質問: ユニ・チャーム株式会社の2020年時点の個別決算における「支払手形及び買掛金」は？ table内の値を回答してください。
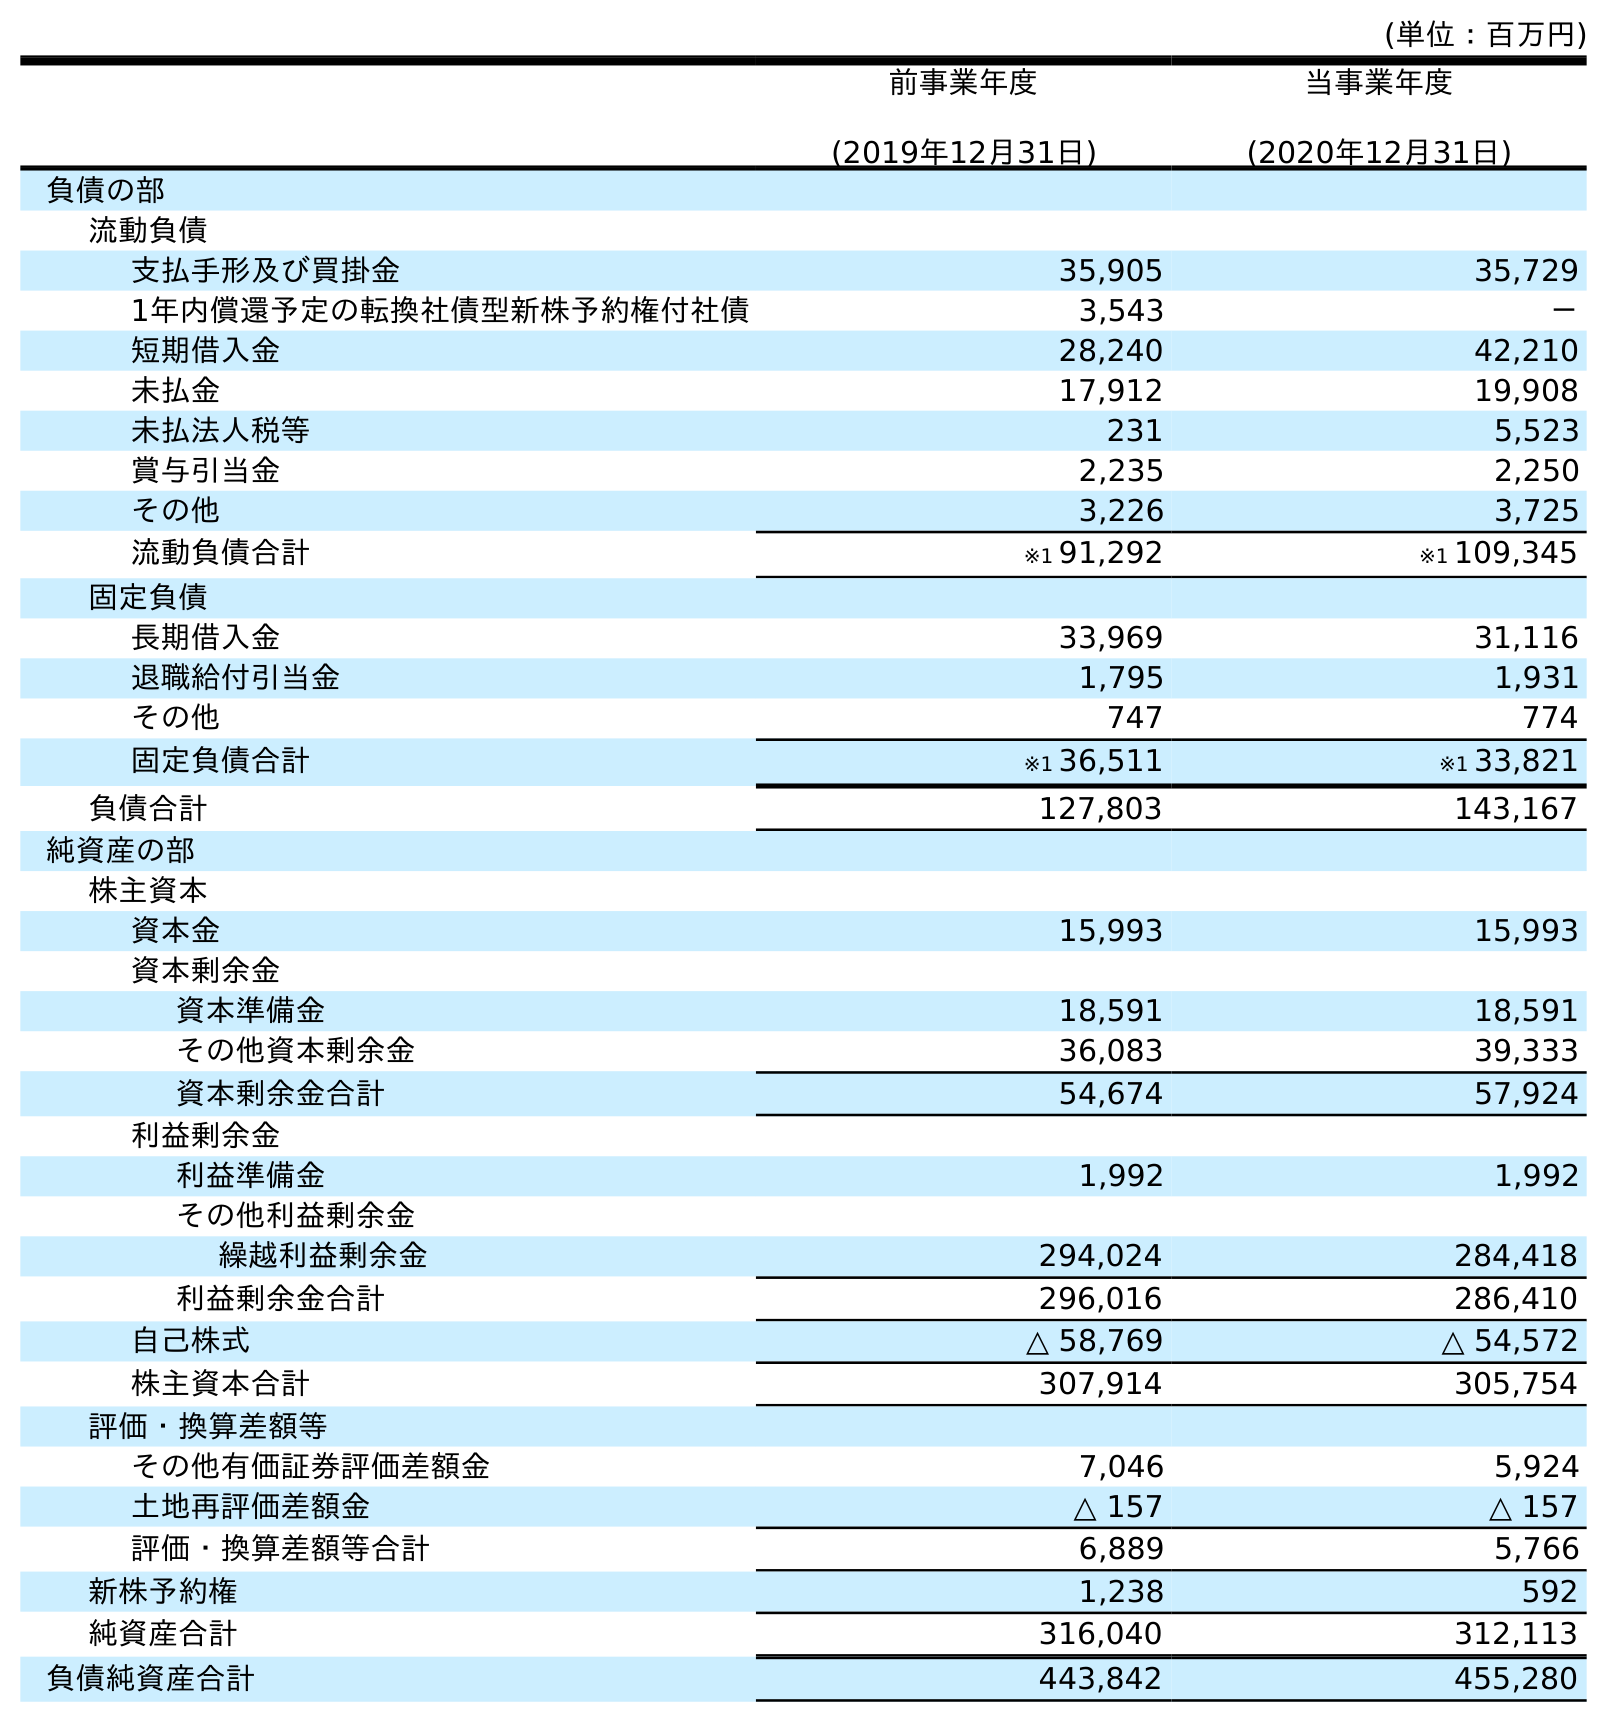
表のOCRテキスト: (単位：百万円) 前事業年度 (2019年12月31日) 当事業年度 (2020年12月31日) 負債の部 流動負債 支払手形及び買掛金 35,905 35,729 1年内償還予定の転換社債型新株予約権付社債 3,543 － 短期借入金 28,240 42,210 未払金 17,912 19,908 未払法人税等 231 5,523 賞与引当金 2,235 2,250 その他 3,226 3,725 流動負債合計 ※1 91,292 ※1 109,345 固定負債 長期借入金 33,969 31,116 退職給付引当金 1,795 1,931 その他 747 774 固定負債合計 ※1 36,511 ※1 33,821 負債合計 127,803 143,167 純資産の部 株主資本 資本金 15,993 15,993 資本剰余金 資本準備金 18,591 18,591 その他資本剰余金 36,083 39,333 資本剰余金合計 54,674 57,924 利益剰余金 利益準備金 1,992 1,992 その他利益剰余金 繰越利益剰余金 294,024 284,418 利益剰余金合計 296,016 286,410 自己株式 △ 58,769 △ 54,572 株主資本合計 307,914 305,754 評価・換算差額等 その他有価証券評価差額金 7,046 5,924 土地再評価差額金 △ 157 △ 157 評価・換算差額等合計 6,889 5,766 新株予約権 1,238 592 純資産合計 316,040 312,113 負債純資産合計 443,842 455,280
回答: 35,729